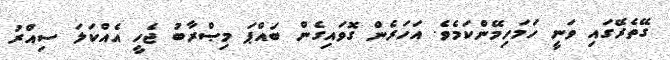
ގޭތެރޭގައި ވަނީ ހަމަހިމޭންކަމެވެ. އަހަރެން ގޮވައިގެން ބައްޕަ މިޞްރާބު ޖެހީ އެއްކަލަ ސިއްރު